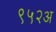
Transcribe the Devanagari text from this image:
९५२अ